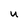
Character: U